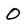
Character: O